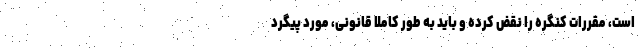
است، مقررات کنگره را نقض کرده و باید به طور کاملا قانونی، مورد پیگرد